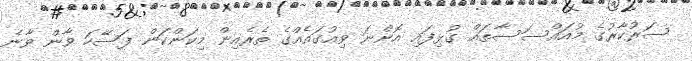
ސަރުކާރުގެ މުއައްސަސާތައް ގުޅިފައި އޮންނަ ވިއުގައެއްގެ ތެރެއިން މިކަންކަން ފަސޭހަ ވާން ވާނެ